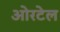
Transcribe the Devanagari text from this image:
ओरटेल